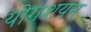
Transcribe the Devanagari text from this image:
योगशयन